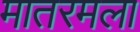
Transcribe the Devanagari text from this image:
मातरमला